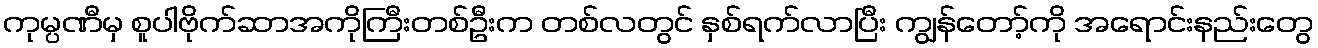
ကုမ္ပဏီမှ စူပါဗိုက်ဆာအကိုကြီးတစ်ဦးက တစ်လတွင် နှစ်ရက်လာပြီး ကျွန်တော့်ကို အရောင်းနည်းတွေ